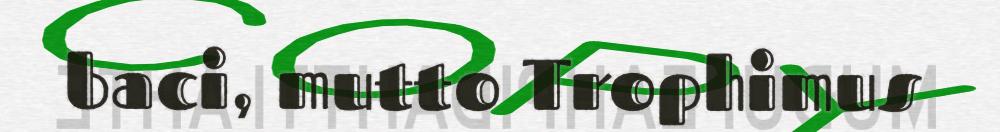
baci, mutto Trophimus